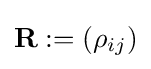
\mathbf {R} :=(\rho _{ij})